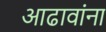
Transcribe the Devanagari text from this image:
आढावांना